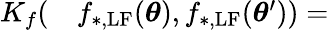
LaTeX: \begin{array}{rl}{K_{f}(}&{{}f_{\mathrm{*,LF}}(\boldsymbol{\theta}),f_{\mathrm{*,LF}}(\boldsymbol{\theta}^{\prime}))=}\end{array}